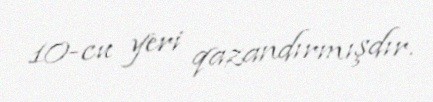
10-cu yeri qazandırmışdır.